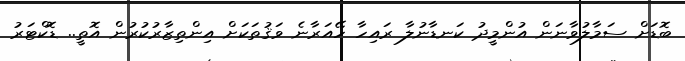
ބޮޑަށް ސަމާލުވާނަން އުންމީދު ކަނޑާނުލާ ރައިހާ ހޭއަރާނެ ވަޤުތަކަށް އިންތިޒާރުކުރުން އޮތީ.. ޑޮކްޓަރު